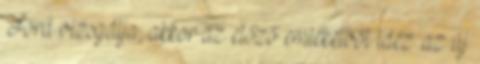
Ford vizsgálja, akkor az előző emlékeiből idéz .az új